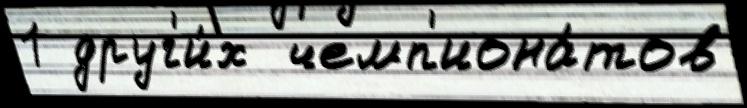
1 друг'и́х  чемп'иона́тов